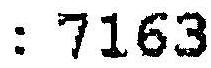
: 7163